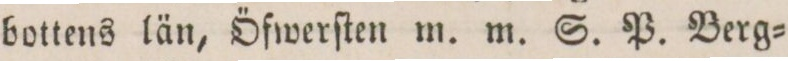
bottens län, Öfwerſten m. m. S. P. Berg=